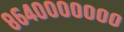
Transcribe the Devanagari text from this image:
८६४०००००००